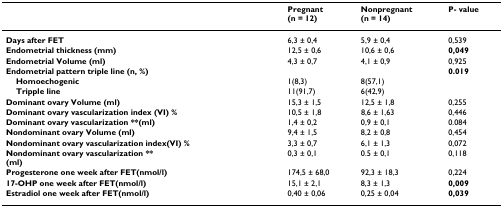
|  | Pregnant(n = 12) | Nonpregnant(n = 14) | P- value |
 | --- | --- | --- | --- |
 | Days after FET | 6,3 ± 0,4 | 5,9 ± 0,4 | 0,539 |
 | Endometrial thickness (mm) | 12,5 ± 0,6 | 10,6 ± 0,6 | 0,049 |
 | Endometrial Volume (ml) | 4,3 ± 0,7 | 4,1 ± 0,9 | 0,925 |
 | Endometrial pattern triple line (n, %) |  |  | 0.019 |
 | Homoechogenic | 1(8,3) | 8(57,1) |  |
 | Tripple line | 11(91,7) | 6(42,9) |  |
 | Dominant ovary Volume (ml) | 15,3 ± 1,5 | 12,5 ± 1,8 | 0,255 |
 | Dominant ovary vascularization index (VI) % | 10,5 ± 1,8 | 8,6 ± 1,63 | 0,446 |
 | Dominant ovary vascularization **(ml) | 1,4 ± 0,2 | 0,9 ± 0,1 | 0.084 |
 | Nondominant ovary Volume (ml) | 9,4 ± 1,5 | 8,2 ± 0,8 | 0,454 |
 | Nondominant ovary vascularization index(VI) % | 3,3 ± 0,7 | 6,1 ± 1,3 | 0,072 |
 | Nondominant ovary vascularization **(ml) | 0,3 ± 0,1 | 0.5 ± 0,1 | 0,118 |
 | Progesterone one week after FET(nmol/l) | 174,5 ± 68,0 | 92,3 ± 18,3 | 0,224 |
 | 17-OHP one week after FET(nmol/l) | 15,1 ± 2,1 | 8,3 ± 1,3 | 0,009 |
 | Estradiol one week after FET(nmol/l) | 0,40 ± 0,06 | 0,25 ± 0,04 | 0,039 |